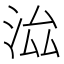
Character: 𣳵